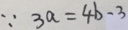
\because 3 a = 4 b - 3